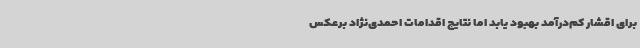
برای اقشار کم‌درآمد بهبود یابد اما نتایج اقدامات احمدی‌نژاد برعکس